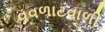
વવળાટવાળી